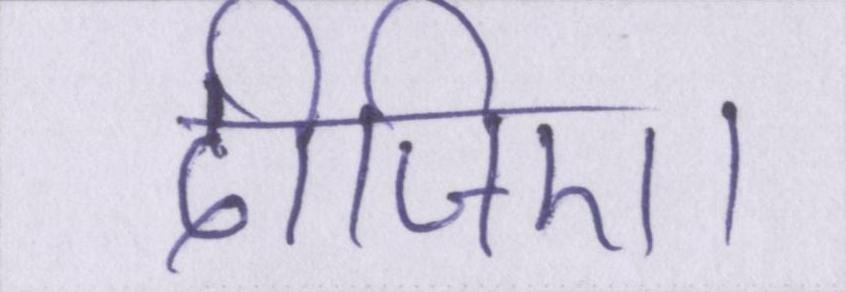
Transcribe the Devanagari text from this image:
दीजिए।